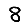
Digit: 8